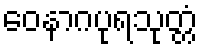
ဝေနာဂပုရသုတ္တံ